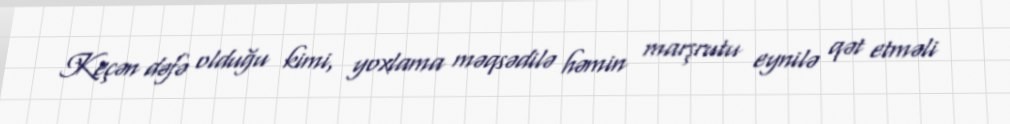
Keçən dəfə olduğu kimi, yoxlama məqsədilə həmin marşrutu eynilə qət etməli